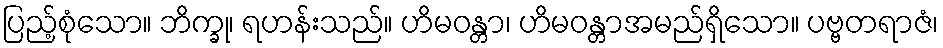
ပြည့်စုံသော။ ဘိက္ခု၊ ရဟန်းသည်။ ဟိမဝန္တာ၊ ဟိမဝန္တာအမည်ရှိသော။ ပဗ္ဗတရာဇံ၊